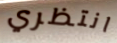
انتظري